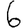
Digit: 6